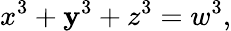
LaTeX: x^{3}+\mathbf{y}^{3}+z^{3}=w^{3},